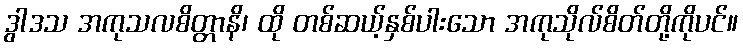
ဒွါဒသ အကုသလစိတ္တာနိ၊ ထို တစ်ဆယ့်နှစ်ပါးသော အကုသိုလ်စိတ်တို့ကိုပင်။